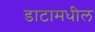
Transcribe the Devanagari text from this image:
डाटामधील